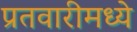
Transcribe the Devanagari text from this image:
प्रतवारीमध्ये